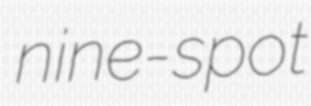
nine-spot